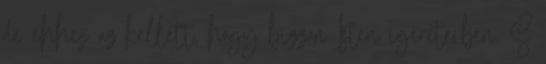
de ehhez az kellett, hogy bízzon Isten ígéreteiben. S